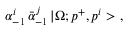
\alpha _ { - 1 } ^ { i } \, \bar { \alpha } _ { - 1 } ^ { j } \, | \Omega ; p ^ { + } , p ^ { i } > \ ,